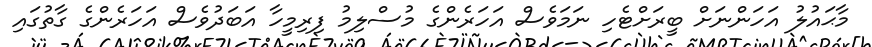
މާޙައުލު އަހަންނަށް ބީރަށްޓެހި ނަމަވެސް އަހަރެންގެ މުސްލިމު ފިރިމީހާ އަބަދުވެސް އަހަރެންގެ ގާތުގައި